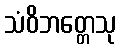
သံဝိဘတ္တေသု